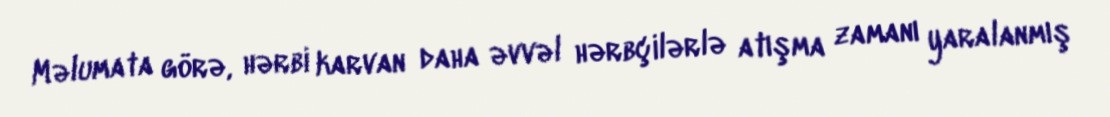
Məlumata görə, hərbi karvan daha əvvəl hərbçilərlə atışma zamanı yaralanmış